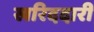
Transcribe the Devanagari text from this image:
खरिददारी